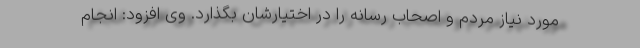
مورد نیاز مردم و اصحاب رسانه را در اختیارشان بگذارد. وی افزود: انجام